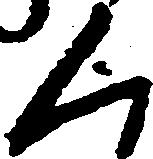
く